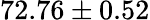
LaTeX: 72.76\pm 0.52